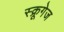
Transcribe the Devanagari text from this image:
स्क्रूगेज